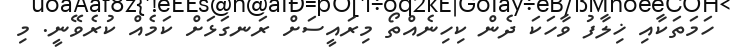
ހަމަތަކާއި ޚިލާފު ވާހަކަ ދެން ކިހިނެއްތޯ މިރައީސަށް ރަނގަޅަށް ކަމެއް ކުރެވޭނީ. މި